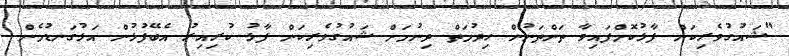
"ޝައުގުވެރިކަން ފާޅުކޮށްފައިވާ ތަންތަނުން ހިދުމަތް ދިނުމަށް ޝައުގުވެރިކަން ފާޅު ކުރިއިރު އެބޭފުޅުން އަޅުގަނޑުމެން